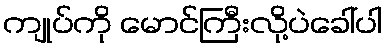
ကျုပ်ကို မောင်ကြီးလို့ပဲခေါ်ပါ